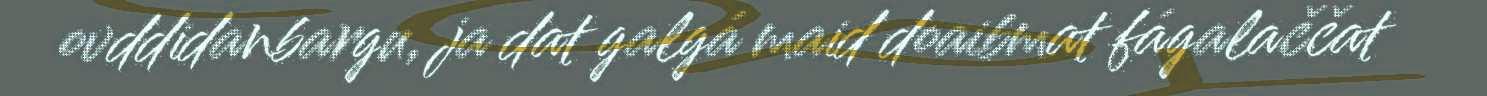
ovddidanbargu, ja dat galgá maid doaibmat fágalaččat